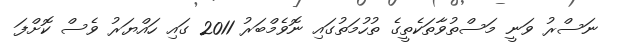
ނަސްރު ވަނީ މަސްތުވާތަކެތީގެ ތުހުމަތުގައި ނޮވެމްބަރު 2011 ގައި ހައްޔަރު ވެސް ކޮށްފަ